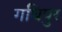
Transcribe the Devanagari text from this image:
गधिपुर